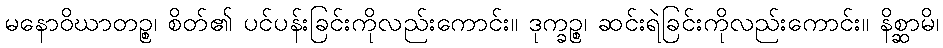
မနောဝိဃာတဉ္စ၊ စိတ်၏ ပင်ပန်းခြင်းကိုလည်းကောင်း။ ဒုက္ခဉ္စ၊ ဆင်းရဲခြင်းကိုလည်းကောင်း။ နိစ္ဆာမိ၊